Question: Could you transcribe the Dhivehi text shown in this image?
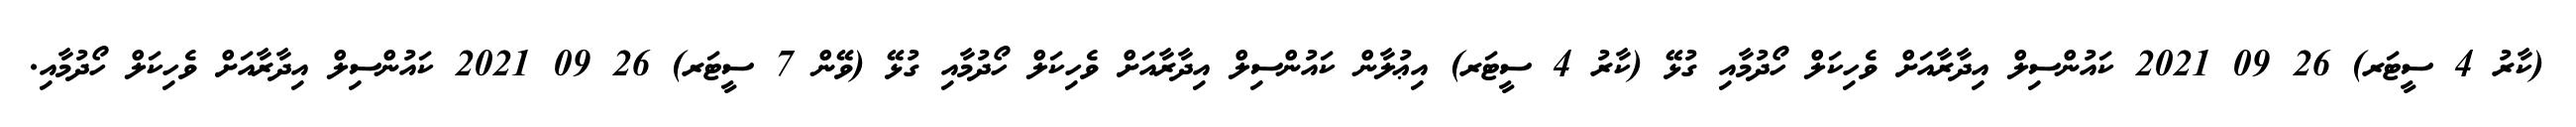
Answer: (ކާރު 4 ސީޓަރ) 26 09 2021 ކައުންސިލް އިދާރާއަށް ވެހިކަލް ހޯދުމާއި ގުޅޭ (ކާރު 4 ސީޓަރ) އިޢުލާން ކައުންސިލް އިދާރާއަށް ވެހިކަލް ހޯދުމާއި ގުޅޭ (ވޭން 7 ސީޓަރ) 26 09 2021 ކައުންސިލް އިދާރާއަށް ވެހިކަލް ހޯދުމާއި.